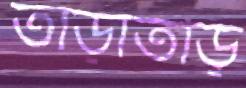
তাড়াতড়ি